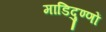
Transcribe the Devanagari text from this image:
माडिदुण्णों